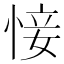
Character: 𢜡